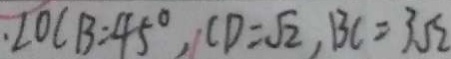
. \angle O C B = 4 5 ^ { \circ } , C D = \sqrt { 2 } , B C = 3 \sqrt { 2 }